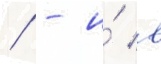
/ - и́ в